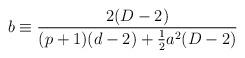
LaTeX: \begin{align*}b \equiv \frac{2(D-2)}{(p+1)(d-2)+\frac{1}{2}a^2(D-2)}\end{align*}